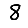
Digit: 8